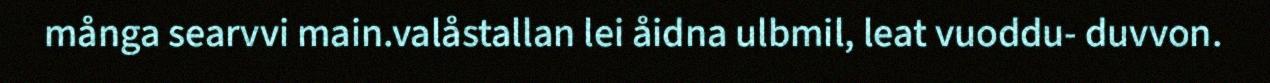
många searvvi main.valåstallan lei åidna ulbmil, leat vuoddu- duvvon.